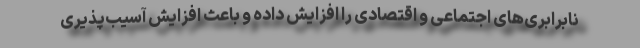
نابرابری‌های اجتماعی و اقتصادی را افزایش داده و باعث افزایش آسیب‌پذیری